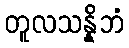
တူလသန္နိဘံ